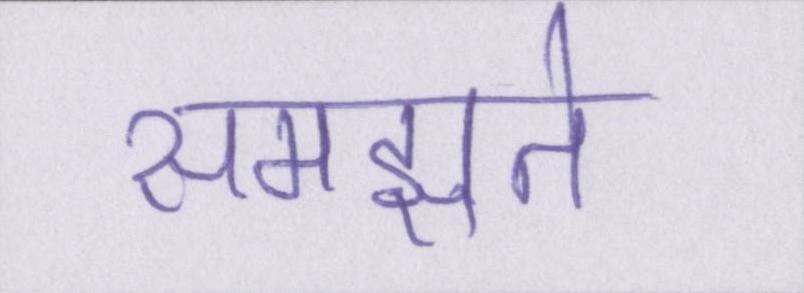
समझते